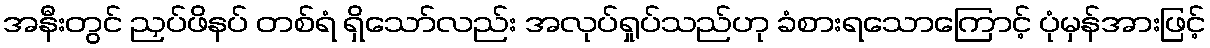
အနီးတွင် ညှပ်ဖိနပ် တစ်ရံ ရှိသော်လည်း အလုပ်ရှုပ်သည်ဟု ခံစားရသောကြောင့် ပုံမှန်အားဖြင့်